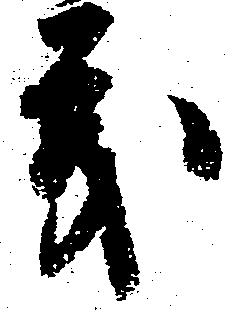
義